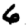
Digit: 6